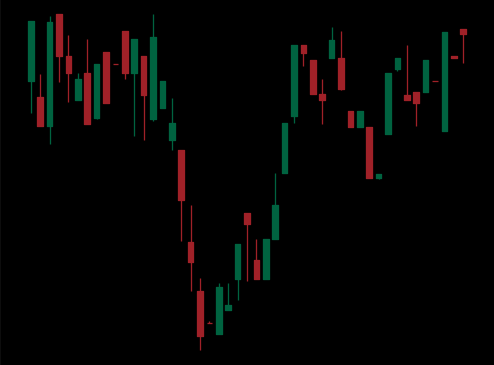
Pattern: inverse_head_shoulders